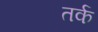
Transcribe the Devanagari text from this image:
तर्क